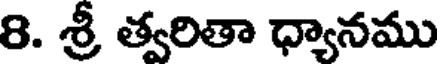
8. శ్రీ త్వరితా ధ్యానము